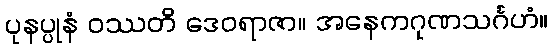
ပုနပ္ပုနံ ဝဿတိ ဒေဝရာဇာ။ အနေကဂုဏသင်္ဂဟံ။